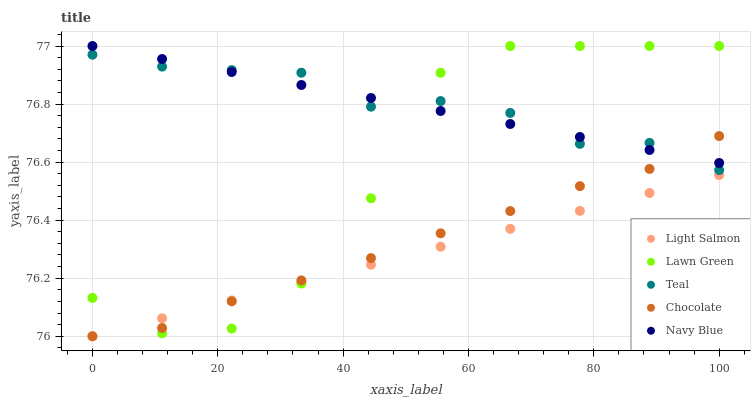
| xaxis_label | Light Salmon | Lawn Green | Teal | Chocolate | Navy Blue |
 | --- | --- | --- | --- | --- | --- |
 | 0 | 76 | 76.1 | 77 | 76 | 77 |
 | 11.1 | 76.1 | 76 | 76.9 | 76 | 77 |
 | 22.2 | 76.1 | 76 | 76.9 | 76.1 | 76.9 |
 | 33.3 | 76.2 | 76.2 | 76.9 | 76.2 | 76.9 |
 | 44.4 | 76.2 | 76.5 | 76.8 | 76.3 | 76.8 |
 | 55.6 | 76.3 | 76.9 | 76.8 | 76.4 | 76.8 |
 | 66.7 | 76.4 | 77 | 76.8 | 76.4 | 76.7 |
 | 77.8 | 76.4 | 77 | 76.7 | 76.5 | 76.7 |
 | 88.9 | 76.5 | 77 | 76.7 | 76.6 | 76.6 |
 | 100 | 76.6 | 77 | 76.6 | 76.7 | 76.6 |